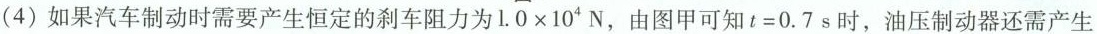
(4)如果汽车制动时需要产生恒定的刹车阻力为$$1 . 0 \times 1 0 ^ { 4 }$$N，由图甲可知$$t = 0 . 7$$s时，油压制动器还需产生